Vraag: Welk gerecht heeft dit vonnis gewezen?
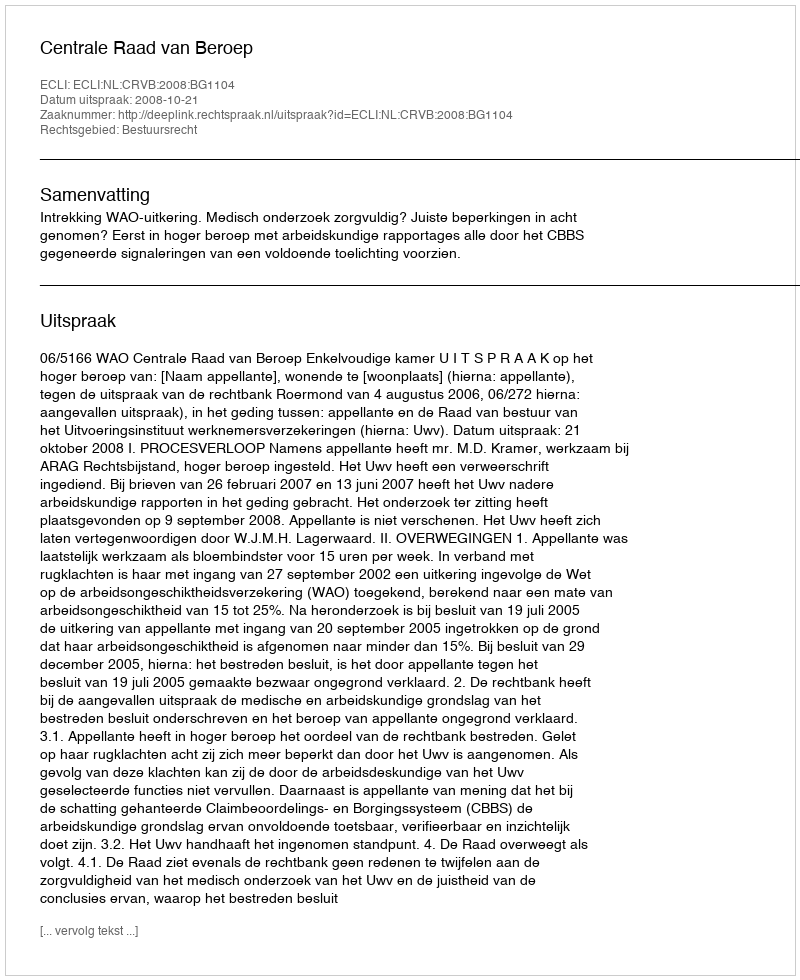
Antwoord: Centrale Raad van Beroep